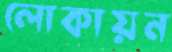
লোকায়ন